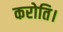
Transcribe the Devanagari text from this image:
करोति।